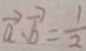
\overrightarrow { a } \cdot \overrightarrow { b } = \frac { 1 } { 2 }